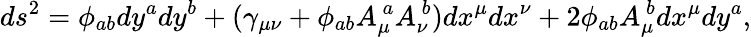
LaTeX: ds^{2}=\phi_{ab}dy^{a}dy^{b}+(\gamma_{\mu\nu}+\phi_{ab}A_{\mu}^{\ a}A_{\nu}^{\ b})dx^{\mu}dx^{\nu}+2\phi_{ab}A_{\mu}^{\ b}dx^{\mu}dy^{a},